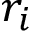
r _ { i }